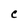
Character: C